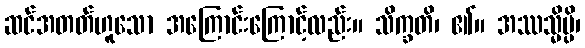
ဆင်အတတ်ဟူသော အကြောင်းကြောင့်လည်း။ သိက္ခတိ၊ ၏။ အဿသ္မိမ္ပိ၊